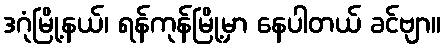
ဒဂုံမြို့နယ်၊ ရန်ကုန်မြို့မှာ နေပါတယ် ခင်ဗျာ။